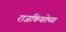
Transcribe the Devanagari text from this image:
राजकियतेच्या